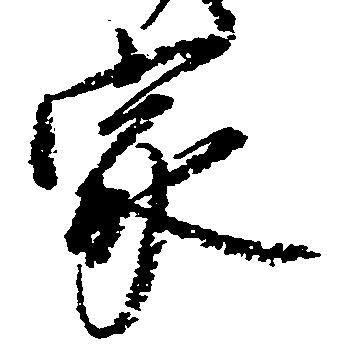
家